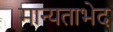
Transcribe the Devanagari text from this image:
मान्यताभेद